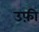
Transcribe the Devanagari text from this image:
उफ़ी